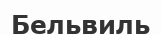
Бельвиль